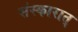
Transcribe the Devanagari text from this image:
संस्कारात्